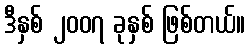
ဒီနှစ် ၂၀၀၇ ခုနှစ် ဖြစ်တယ်။